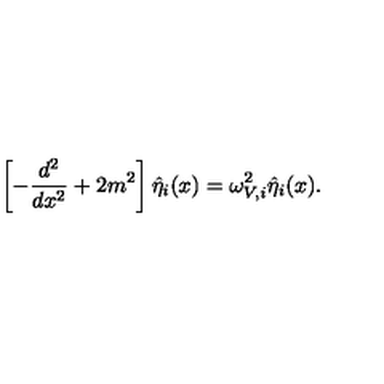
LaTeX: \left[ - \frac { d ^ { 2 } } { d x ^ { 2 } } + 2 m ^ { 2 } \right] \hat { \eta } _ { i } ( x ) = \omega _ { V , i } ^ { 2 } \hat { \eta } _ { i } ( x ) .